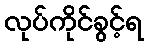
လုပ်ကိုင်ခွင့်ရ